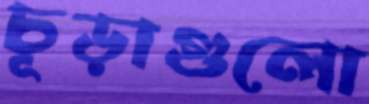
চূড়াগুলো